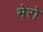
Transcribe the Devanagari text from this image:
भेरो